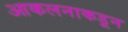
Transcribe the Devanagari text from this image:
आकलनाकडून